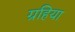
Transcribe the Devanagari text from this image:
ग्रहिया